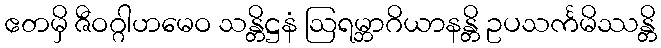
ဧတမှိ ဇီဝဂ္ဂါဟမေဝ သန္တိဋ္ဌနံ ဩရမ္ဘာဂိယာနန္တိ ဥပသင်္ကမိဿန္တိ